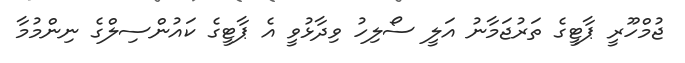
ޖުމްހޫރީ ޕާޓީގެ ތަރުޖަމާނު އަލީ ސޯލިހު ވިދާޅުވީ އެ ޕާޓީގެ ކައުންސިލްގެ ނިންމުމާ